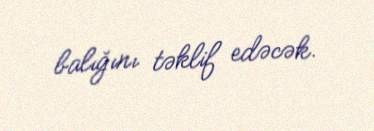
balığını təklif edəcək.